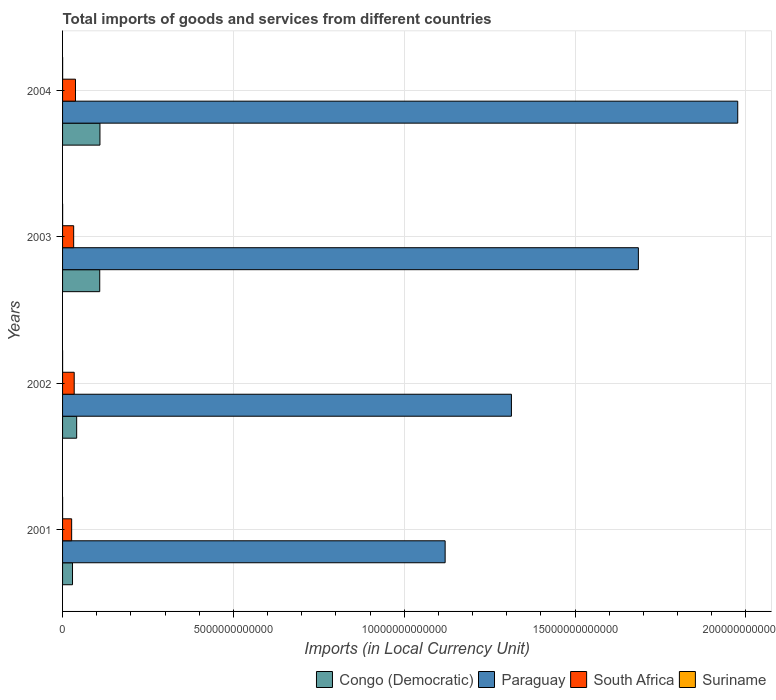
| Years | Congo (Democratic) | Paraguay | South Africa | Suriname |
 | --- | --- | --- | --- | --- |
 | 2001 | 2.91e+11 | 1.12e+13 | 2.66e+11 | 9.06e+08 |
 | 2002 | 4.13e+11 | 1.31e+13 | 3.41e+11 | 1e+09 |
 | 2003 | 1.09e+12 | 1.69e+13 | 3.25e+11 | 1.51e+09 |
 | 2004 | 1.09e+12 | 1.98e+13 | 3.78e+11 | 1.95e+09 |